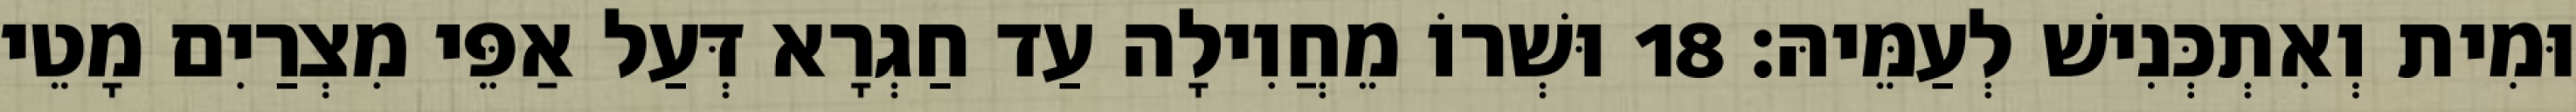
וּמִית וְאִתְכְּנִישׁ לְעַמֵּיהּ׃ 18 וּשְׁרוֹ מֵחֲוִילָה עַד חַגְרָא דְּעַל אַפֵּי מִצְרַיִם מָטֵי